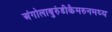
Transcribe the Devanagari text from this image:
अंगोलाबुरुंडीकैमरुनमध्य